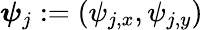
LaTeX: \boldsymbol\psi_{j}:=(\psi_{j,x},\psi_{j,y})